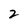
Character: 2